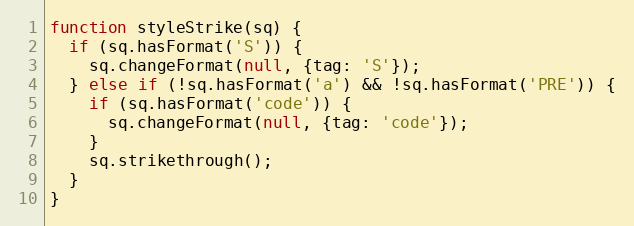
Language: JavaScript
function styleStrike(sq) {
  if (sq.hasFormat('S')) {
    sq.changeFormat(null, {tag: 'S'});
  } else if (!sq.hasFormat('a') && !sq.hasFormat('PRE')) {
    if (sq.hasFormat('code')) {
      sq.changeFormat(null, {tag: 'code'});
    }
    sq.strikethrough();
  }
}